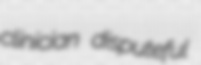
clinician disputeful